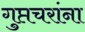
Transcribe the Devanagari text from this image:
गुप्तचरांना